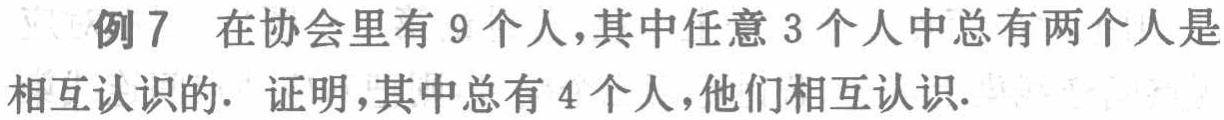
例7 在协会里有 9 个人,其中任意 3 个人中总有两个人是相互认识的. 证明,其中总有 4 个人,他们相互认识.